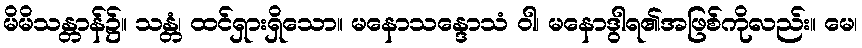
မိမိသန္တာန်၌။ သန္တံ၊ ထင်ရှားရှိသော။ မနောသန္ဒောသံ ဝါ၊ မနောဒွါရ၏အဖြစ်ကိုလည်း။ မေ၊